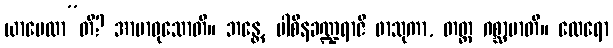
ယာပေထာ”တိ? အာမာဝုသောတိ။ ဘန္တေ, ပါစိနခဏ္ဍရာဇိ ဖာသုကာ, တတ္ထ ဂစ္ဆာမာတိ။ ထေရော